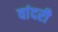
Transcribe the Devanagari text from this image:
वांदरी